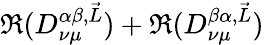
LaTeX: \Re(D_{\nu\mu}^{\alpha\beta,\vec{L}})+\Re(D_{\nu\mu}^{\beta\alpha,\vec{L}})